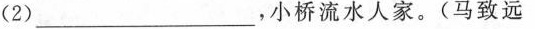
(2)___，小桥流水人家。(马致远